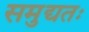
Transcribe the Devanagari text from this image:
समुद्यतः